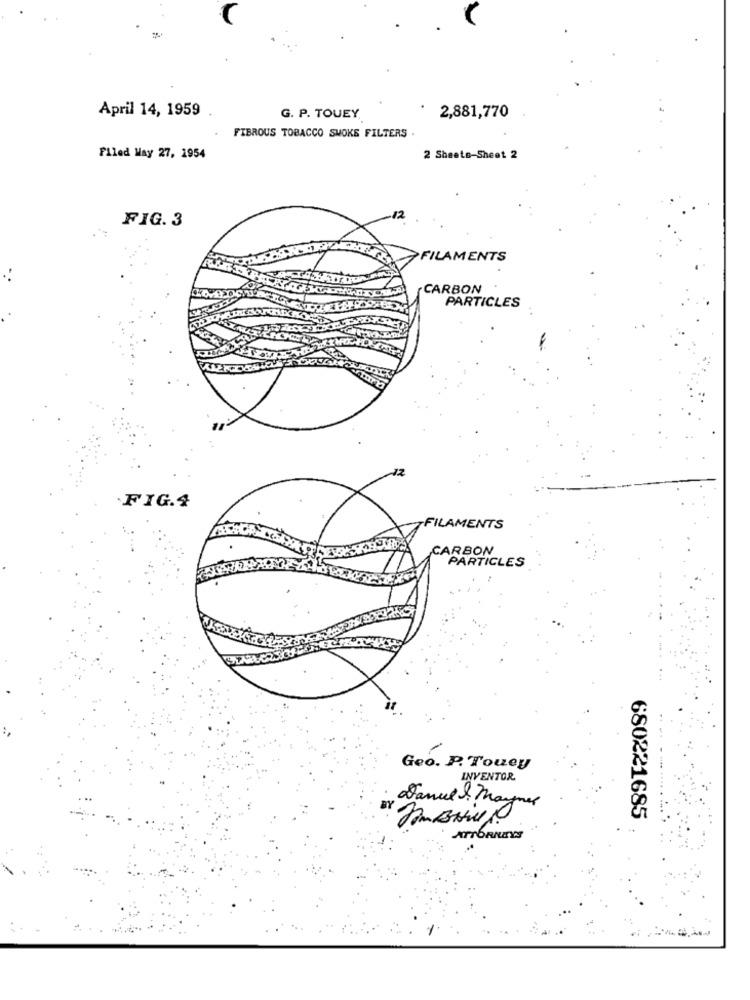
April 14, 1959
G. P. TOUEY
2,881,770
FIBROUS TOBACCO SMOKE FILTERS .
Filed May 27, 1954
2 Sheets-Sheet 2
12
FIG. 3
FILAMENTS
..
CARBON
PARTICLES
FIG.4
FILAMENTS
CARBON
PARTICLES
Geo. P. Touey
INVENTOR
Janul & Maynes
680221685